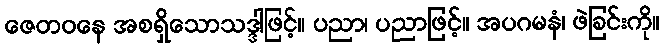
ဇေတဝနေ အစရှိသောသဒ္ဒါဖြင့်။ ပညာ၊ ပညာဖြင့်။ အပဂမနံ၊ ဖဲခြင်းကို။